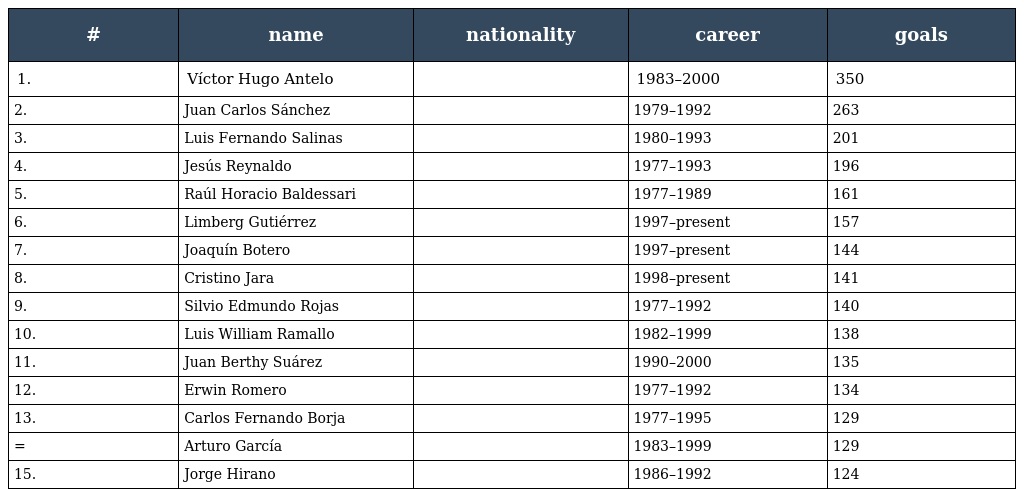
| # | name | nationality | career | goals |
 | --- | --- | --- | --- | --- |
 | 1. | Víctor Hugo Antelo |  | 1983–2000 | 350 |
 | 2. | Juan Carlos Sánchez |  | 1979–1992 | 263 |
 | 3. | Luis Fernando Salinas |  | 1980–1993 | 201 |
 | 4. | Jesús Reynaldo |  | 1977–1993 | 196 |
 | 5. | Raúl Horacio Baldessari |  | 1977–1989 | 161 |
 | 6. | Limberg Gutiérrez |  | 1997–present | 157 |
 | 7. | Joaquín Botero |  | 1997–present | 144 |
 | 8. | Cristino Jara |  | 1998–present | 141 |
 | 9. | Silvio Edmundo Rojas |  | 1977–1992 | 140 |
 | 10. | Luis William Ramallo |  | 1982–1999 | 138 |
 | 11. | Juan Berthy Suárez |  | 1990–2000 | 135 |
 | 12. | Erwin Romero |  | 1977–1992 | 134 |
 | 13. | Carlos Fernando Borja |  | 1977–1995 | 129 |
 | = | Arturo García |  | 1983–1999 | 129 |
 | 15. | Jorge Hirano |  | 1986–1992 | 124 |